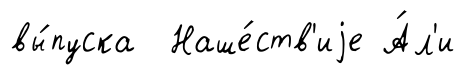
вы́пуска Наше́ств'иjе А́л'и